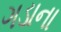
ગડાના